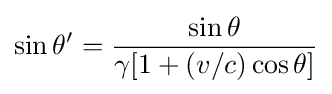
\sin \theta '={\frac {\sin \theta }{\gamma [1+(v/c)\cos \theta ]}}